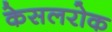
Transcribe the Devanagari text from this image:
केसलरोक